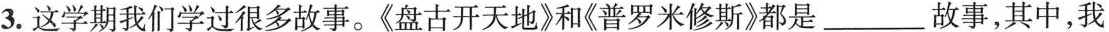
3.这学期我们学过很多故事。《盘古开天地》和《普罗米修斯》都是___故事，其中，我